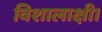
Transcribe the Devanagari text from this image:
विशालाक्षी।